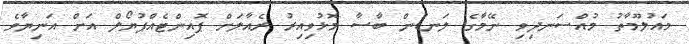
މައުލޫމާތު މުއްސަނދިވި ނޭމާގެ ލަނޑުން ބާސާ މޮޅުވިއިރު ރެއާލަށް ޕޮއިންޓެއްޕުޔޯލް އަށް އަނިޔާވެ